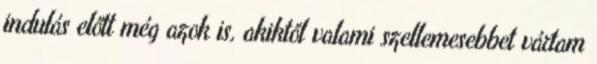
indulás előtt még azok is, akiktől valami szellemesebbet vártam